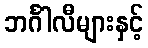
ဘင်္ဂါလီများနှင့်